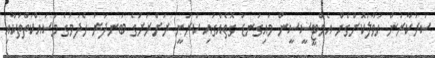
ސަރުކާރުން ހަވާލުކޮށްގެން އެމްޓީސީސީން މައިގަނޑު ގޮތެއްގައި ކުރަނީ ރަށްރަށުގެ ބަނދަރު ހެދުމުގެ މަސައްކަތްތަކާއި